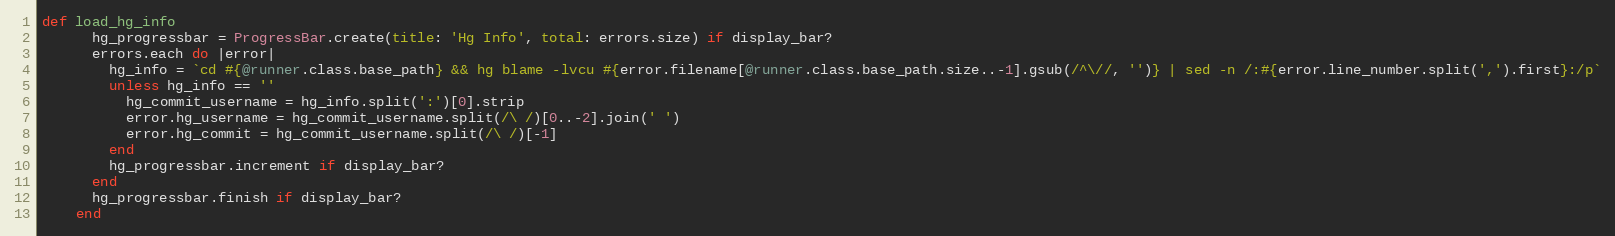
Language: Ruby
def load_hg_info
      hg_progressbar = ProgressBar.create(title: 'Hg Info', total: errors.size) if display_bar?
      errors.each do |error|
        hg_info = `cd #{@runner.class.base_path} && hg blame -lvcu #{error.filename[@runner.class.base_path.size..-1].gsub(/^\//, '')} | sed -n /:#{error.line_number.split(',').first}:/p`
        unless hg_info == ''
          hg_commit_username = hg_info.split(':')[0].strip
          error.hg_username = hg_commit_username.split(/\ /)[0..-2].join(' ')
          error.hg_commit = hg_commit_username.split(/\ /)[-1]
        end
        hg_progressbar.increment if display_bar?
      end
      hg_progressbar.finish if display_bar?
    end